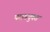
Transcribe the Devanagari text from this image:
परागयुक्त